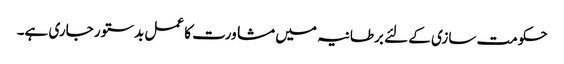
حکومت سازی کے لئے برطانیہ میں مشاورت کا عمل بدستور جاری ہے۔